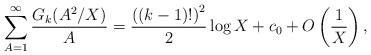
LaTeX: \begin{align*} \sum_{A=1}^{\infty}\frac{G_k(A^2\slash X)}{A}= \frac{\left((k-1)!\right)^2}{2}\log X+c_0+ O\left(\frac{1}{X}\right), \end{align*}